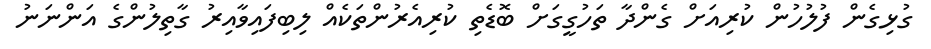
ގުޅިގެން ފުލުހުން ކުރިއަށް ގެންދާ ތަހުގީގަށް ބޮޑެތި ކުރިއެރުންތަކެއް ލިބިފައިވާއިރު ގާތިލުންގެ އަންނަނު